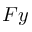
F y